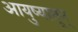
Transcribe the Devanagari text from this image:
आयुष्यातून्